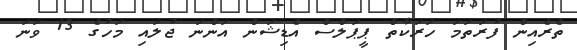
ތެރެއިން ފުރަތަމަ ހަރަކާތް ޕީޕަލްސް އެޑިޝަން އަންނަ ޖުލައި މަހުގެ 13 ވަނަ